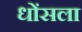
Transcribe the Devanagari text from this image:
धोंसला